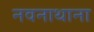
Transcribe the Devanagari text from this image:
नवनाथाना